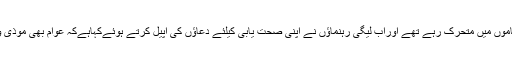
مسلم لیگ ن کےرہنماپنےحلقوں میں فلاحی کاموں میں متحرک رہے تھے اوراب لیگی رہنماؤں نے اپنی صحت یابی کیلئے دعاؤں کی اپیل کرتے ہوئےکہاہےکہ عوام بھی موذی وائرس سےبچاؤ کیلئے احتیاطی تدابیر اپنائیں۔